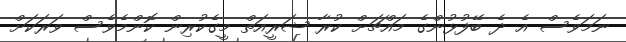
ނަމަވެސް އެ ދެ ބޭފުޅުންގެ މައްޗަށް ކުރާ ޝަރީއަތް މީގެކުރިން ކޮންމެވެސް ވަރަކަށް